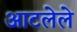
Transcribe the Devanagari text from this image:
आटलेले